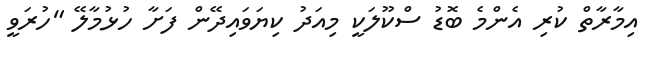
އިމާރާތް ކުރި އެންމެ ބޮޑު ސްކޫލަކީ މިއަދު ކިޔަވައިދޭން ފަށާ ހުޅުމާލޭ "ހުރަވީ